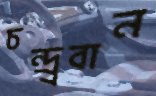
চন্দ্র্রবান